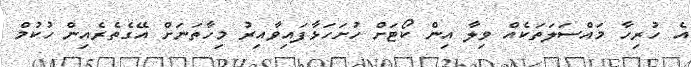
އެ ހުރިހާ މައްސަލަތަކެއް ވިލާ އިން ކޯޓަށް ހުށަހަޅާފައިވާއިރު މިހާތަނަށް އޭގެތެރެއިން ހުކުމް